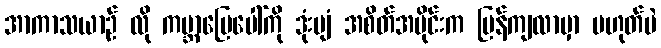
အာကာသယာဉ် လို ကမ္ဘာမြေပေါ်ကို ဒုံးပျံ အစိတ်အပိုင်းက ပြန်ကျလာမှာ မဟုတ်ပဲ